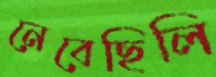
নেবেছিলি